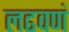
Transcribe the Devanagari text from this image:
लढवणं